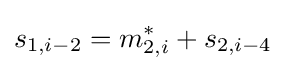
s_{1,i-2}=m_{2,i}^{*}+s_{2,i-4}